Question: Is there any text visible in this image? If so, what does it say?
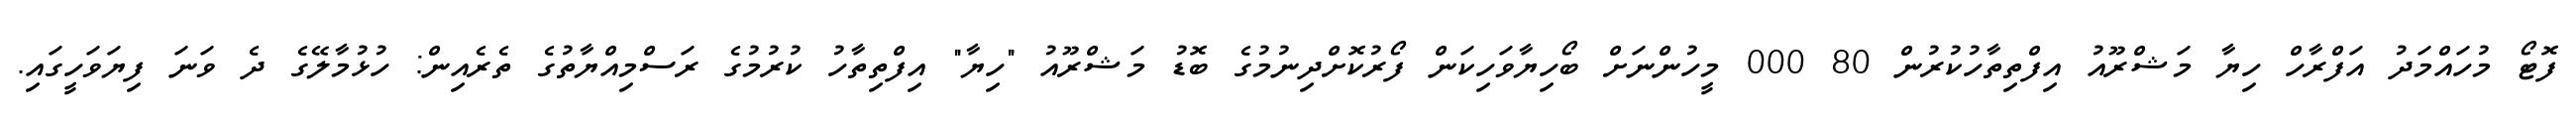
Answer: ފޮޓޯ މުހައްމަދު އަފްރާހް ހިޔާ މަޝްރޫއު އިފްތިތާހުކުރުން 80 000 މީހުންނަށް ބޯހިޔާވަހިކަން ފޯރުކޮށްދިނުމުގެ ބޮޑު މަޝްރޫއު "ހިޔާ" އިފްތިތާހު ކުރުމުގެ ރަސްމިއްޔާތުގެ ތެރެއިން: ހުޅުމާލޭގެ ދެ ވަނަ ފިޔަވަހީގައި.